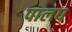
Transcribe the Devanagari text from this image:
पालघ